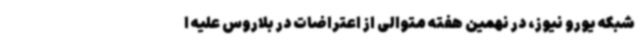
شبکه یورو نیوز، در نهمین هفته متوالی از اعتراضات در بلاروس علیه ا